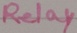
Text: Relay